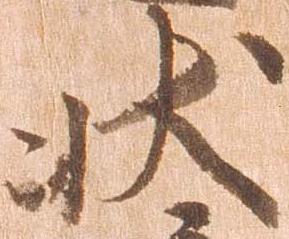
状